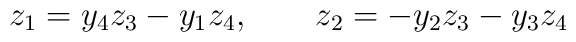
z_1 = y_4z_3-y_1z_4,\qquad z_2=-y_2z_3-y_3z_4